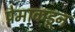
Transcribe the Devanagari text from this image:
प्रेमाकडून